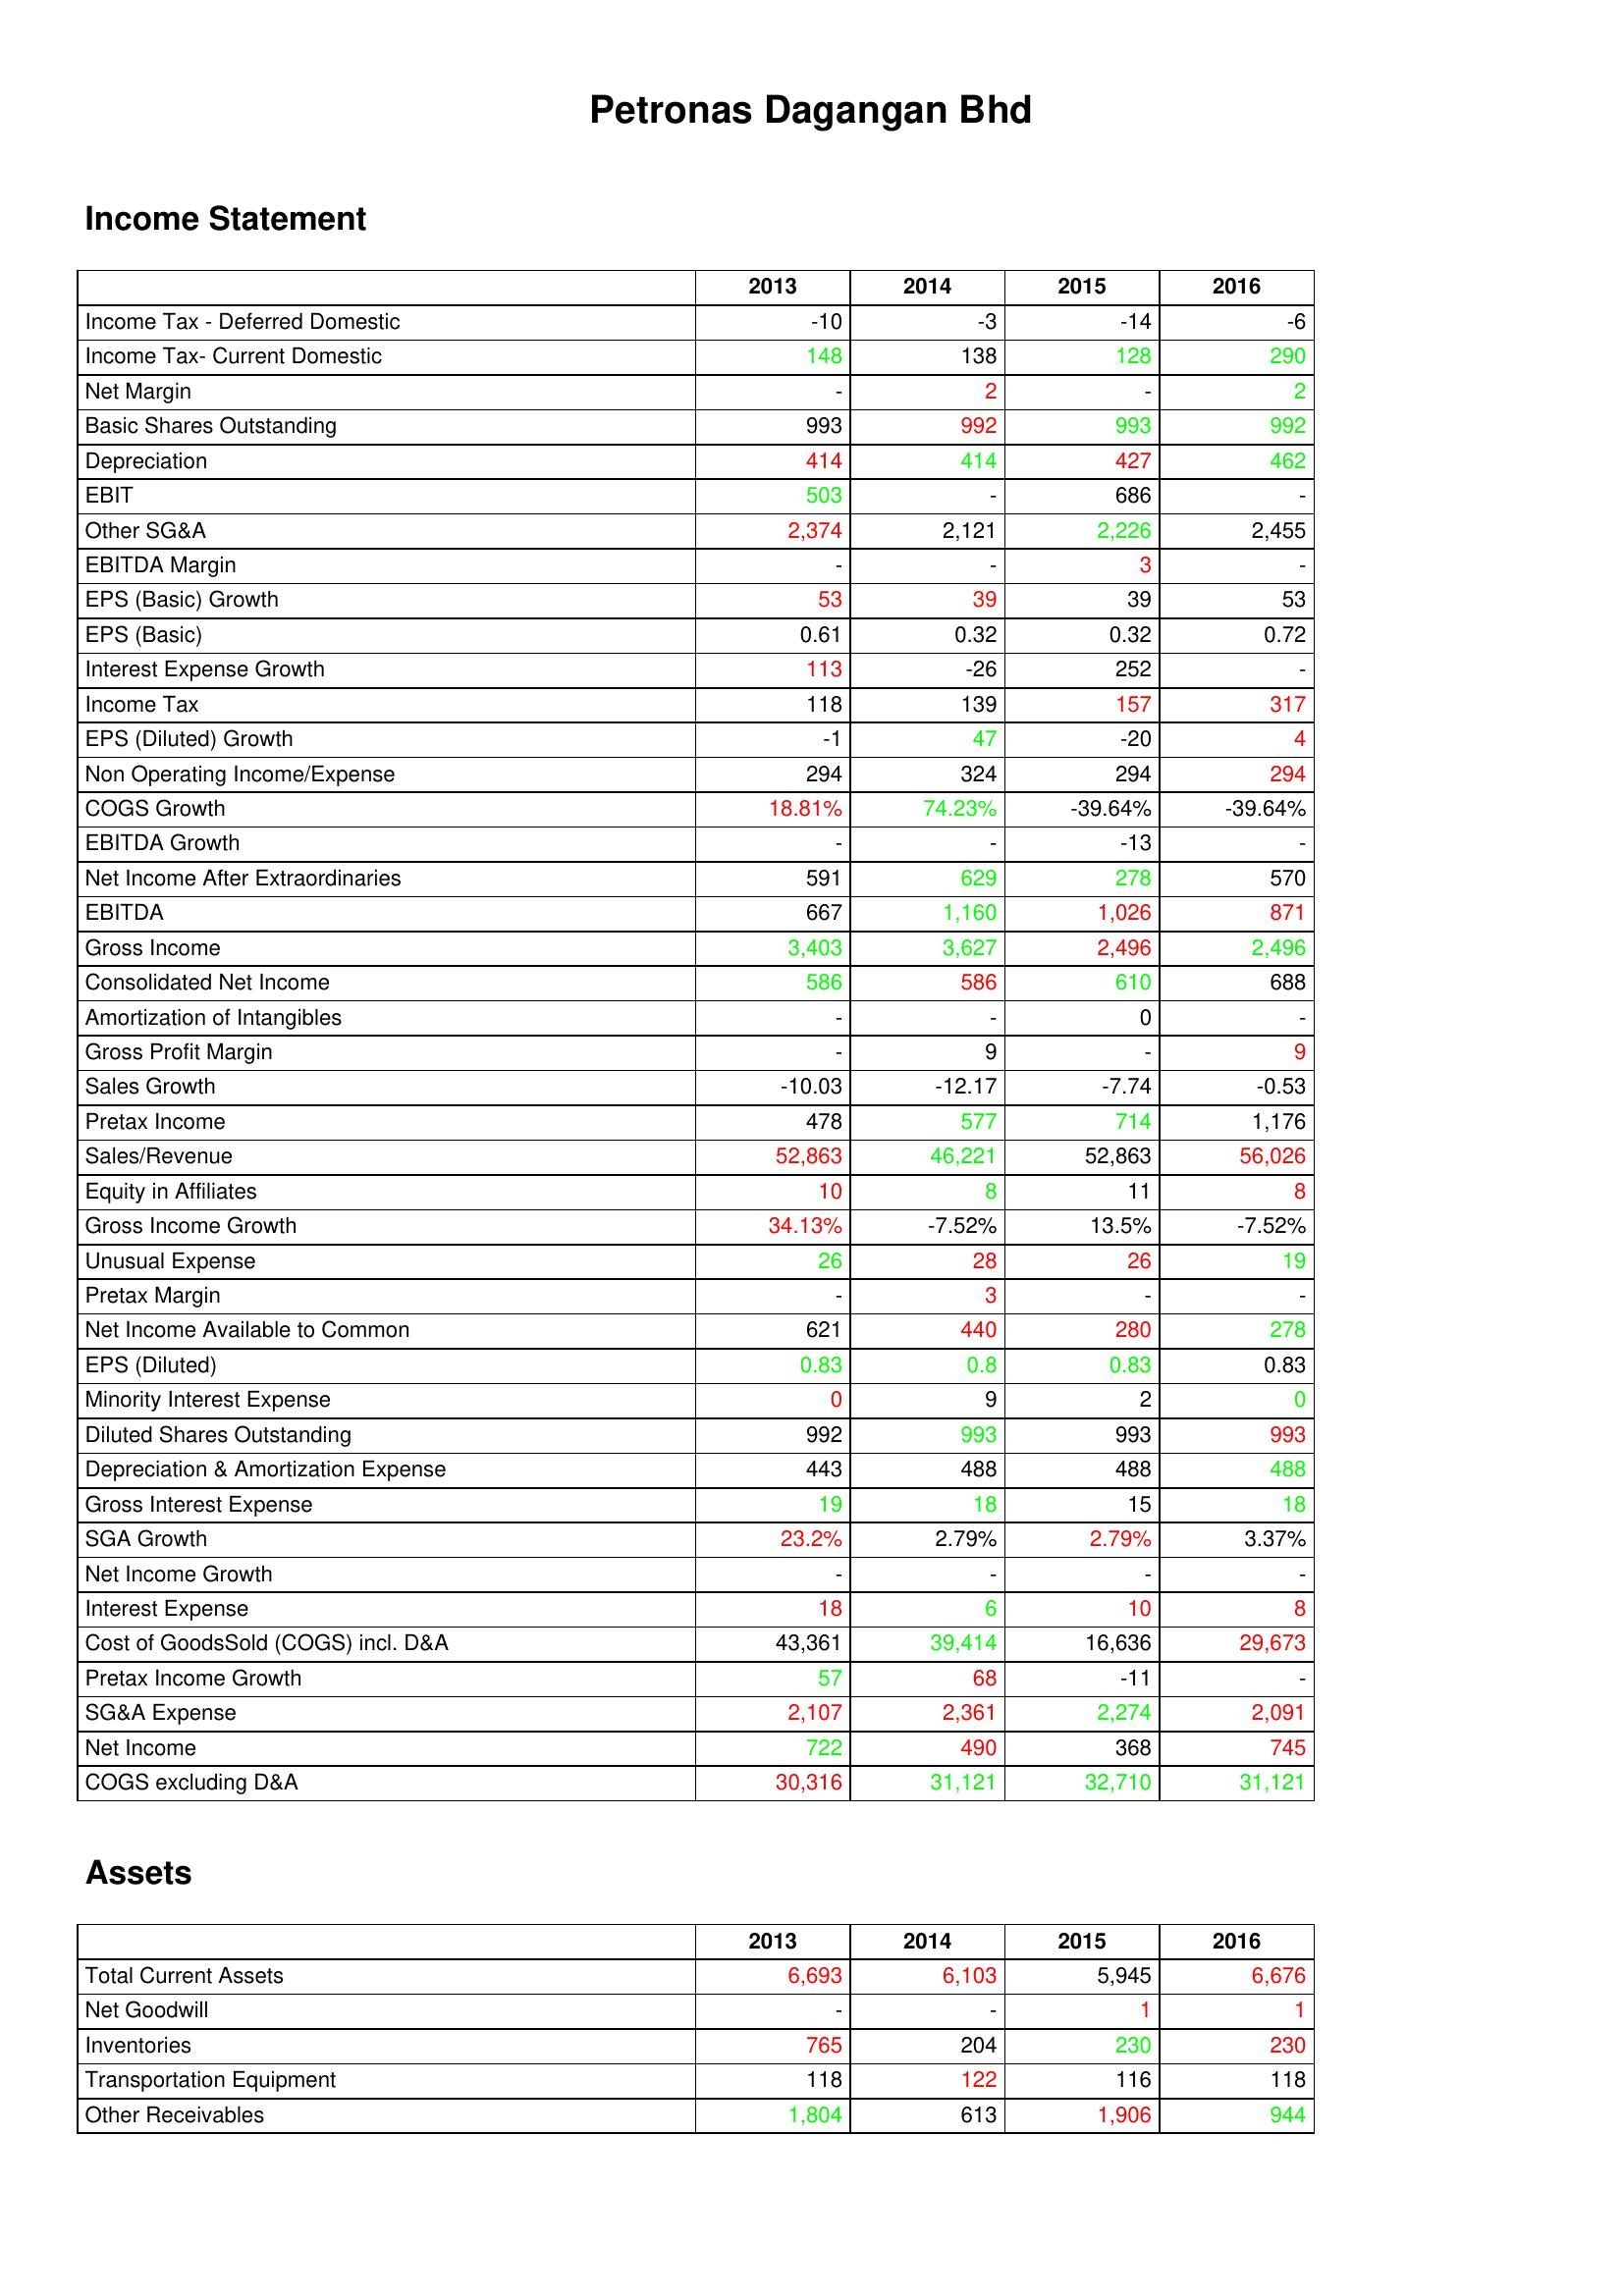
gt_parse: 2013: Income Statement: Income Tax - Deferred Domestic: -10
Income Tax- Current Domestic: 148
Net Margin: -
Basic Shares Outstanding: 993
Depreciation: 414
EBIT: 503
Other SG&A: 2,374
EBITDA Margin: -
EPS (Basic) Growth: 53
EPS (Basic): 0.61
Interest Expense Growth: 113
Income Tax: 118
EPS (Diluted) Growth: -1
Non Operating Income/Expense: 294
COGS Growth: 18.81%
EBITDA Growth: -
Net Income After Extraordinaries: 591
EBITDA: 667
Gross Income: 3,403
Consolidated Net Income: 586
Amortization of Intangibles: -
Gross Profit Margin: -
Sales Growth: -10.03
Pretax Income: 478
Sales/Revenue: 52,863
Equity in Affiliates: 10
Gross Income Growth: 34.13%
Unusual Expense: 26
Pretax Margin: -
Net Income Available to Common: 621
EPS (Diluted): 0.83
Minority Interest Expense: 0
Diluted Shares Outstanding: 992
Depreciation & Amortization Expense: 443
Gross Interest Expense: 19
SGA Growth: 23.2%
Net Income Growth: -
Interest Expense: 18
Cost of GoodsSold (COGS) incl. D&A: 43,361
Pretax Income Growth: 57
SG&A Expense: 2,107
Net Income: 722
COGS excluding D&A: 30,316
Assets: Total Current Assets: 6,693
Net Goodwill: -
Inventories: 765
Transportation Equipment: 118
Other Receivables: 1,804
2014: Income Statement: Income Tax - Deferred Domestic: -3
Income Tax- Current Domestic: 138
Net Margin: 2
Basic Shares Outstanding: 992
Depreciation: 414
EBIT: -
Other SG&A: 2,121
EBITDA Margin: -
EPS (Basic) Growth: 39
EPS (Basic): 0.32
Interest Expense Growth: -26
Income Tax: 139
EPS (Diluted) Growth: 47
Non Operating Income/Expense: 324
COGS Growth: 74.23%
EBITDA Growth: -
Net Income After Extraordinaries: 629
EBITDA: 1,160
Gross Income: 3,627
Consolidated Net Income: 586
Amortization of Intangibles: -
Gross Profit Margin: 9
Sales Growth: -12.17
Pretax Income: 577
Sales/Revenue: 46,221
Equity in Affiliates: 8
Gross Income Growth: -7.52%
Unusual Expense: 28
Pretax Margin: 3
Net Income Available to Common: 440
EPS (Diluted): 0.8
Minority Interest Expense: 9
Diluted Shares Outstanding: 993
Depreciation & Amortization Expense: 488
Gross Interest Expense: 18
SGA Growth: 2.79%
Net Income Growth: -
Interest Expense: 6
Cost of GoodsSold (COGS) incl. D&A: 39,414
Pretax Income Growth: 68
SG&A Expense: 2,361
Net Income: 490
COGS excluding D&A: 31,121
Assets: Total Current Assets: 6,103
Net Goodwill: -
Inventories: 204
Transportation Equipment: 122
Other Receivables: 613
2015: Income Statement: Income Tax - Deferred Domestic: -14
Income Tax- Current Domestic: 128
Net Margin: -
Basic Shares Outstanding: 993
Depreciation: 427
EBIT: 686
Other SG&A: 2,226
EBITDA Margin: 3
EPS (Basic) Growth: 39
EPS (Basic): 0.32
Interest Expense Growth: 252
Income Tax: 157
EPS (Diluted) Growth: -20
Non Operating Income/Expense: 294
COGS Growth: -39.64%
EBITDA Growth: -13
Net Income After Extraordinaries: 278
EBITDA: 1,026
Gross Income: 2,496
Consolidated Net Income: 610
Amortization of Intangibles: 0
Gross Profit Margin: -
Sales Growth: -7.74
Pretax Income: 714
Sales/Revenue: 52,863
Equity in Affiliates: 11
Gross Income Growth: 13.5%
Unusual Expense: 26
Pretax Margin: -
Net Income Available to Common: 280
EPS (Diluted): 0.83
Minority Interest Expense: 2
Diluted Shares Outstanding: 993
Depreciation & Amortization Expense: 488
Gross Interest Expense: 15
SGA Growth: 2.79%
Net Income Growth: -
Interest Expense: 10
Cost of GoodsSold (COGS) incl. D&A: 16,636
Pretax Income Growth: -11
SG&A Expense: 2,274
Net Income: 368
COGS excluding D&A: 32,710
Assets: Total Current Assets: 5,945
Net Goodwill: 1
Inventories: 230
Transportation Equipment: 116
Other Receivables: 1,906
2016: Income Statement: Income Tax - Deferred Domestic: -6
Income Tax- Current Domestic: 290
Net Margin: 2
Basic Shares Outstanding: 992
Depreciation: 462
EBIT: -
Other SG&A: 2,455
EBITDA Margin: -
EPS (Basic) Growth: 53
EPS (Basic): 0.72
Interest Expense Growth: -
Income Tax: 317
EPS (Diluted) Growth: 4
Non Operating Income/Expense: 294
COGS Growth: -39.64%
EBITDA Growth: -
Net Income After Extraordinaries: 570
EBITDA: 871
Gross Income: 2,496
Consolidated Net Income: 688
Amortization of Intangibles: -
Gross Profit Margin: 9
Sales Growth: -0.53
Pretax Income: 1,176
Sales/Revenue: 56,026
Equity in Affiliates: 8
Gross Income Growth: -7.52%
Unusual Expense: 19
Pretax Margin: -
Net Income Available to Common: 278
EPS (Diluted): 0.83
Minority Interest Expense: 0
Diluted Shares Outstanding: 993
Depreciation & Amortization Expense: 488
Gross Interest Expense: 18
SGA Growth: 3.37%
Net Income Growth: -
Interest Expense: 8
Cost of GoodsSold (COGS) incl. D&A: 29,673
Pretax Income Growth: -
SG&A Expense: 2,091
Net Income: 745
COGS excluding D&A: 31,121
Assets: Total Current Assets: 6,676
Net Goodwill: 1
Inventories: 230
Transportation Equipment: 118
Other Receivables: 944